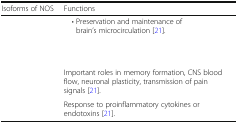
<table><thead><tr><td><b>Isoforms of NOS</b></td><td><b>Functions</b></td></tr></thead><tbody><tr><td rowspan="3">[EMPTY_CELL]</td><td> • Preservation and maintenance of brain’s microcirculation [21].</td></tr><tr><td>[EMPTY_CELL]</td></tr><tr><td>[EMPTY_CELL]</td></tr><tr><td>[EMPTY_CELL]</td><td>Important roles in memory formation, CNS blood flow, neuronal plasticity, transmission of pain signals [21].</td></tr><tr><td>[EMPTY_CELL]</td><td>Response to proinflammatory cytokines or endotoxins [21].</td></tr></tbody></table>